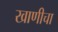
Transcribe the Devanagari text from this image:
खाणीचा